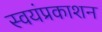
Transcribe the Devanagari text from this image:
स्वयंप्रकाशन